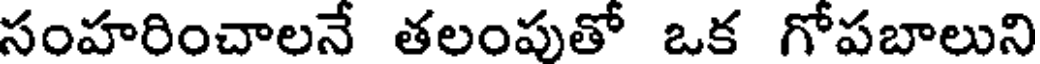
సంహరించాలనే తలంపుతో ఒక గోపబాలుని